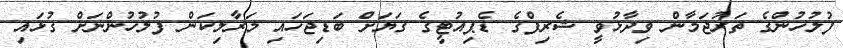
ފުލުހުންގެ ތަރުޖަމާން ވިދާޅުވީ ޝެރިފްގެ ޑެޕިއުޓީގެ ގަޔަށް ބަޑިޖަހައި މަރާލިކަން ފުލުހުންނަށް ގުޅައި